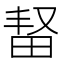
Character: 𬏆